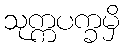
သုက္ကပက္ခမှိ